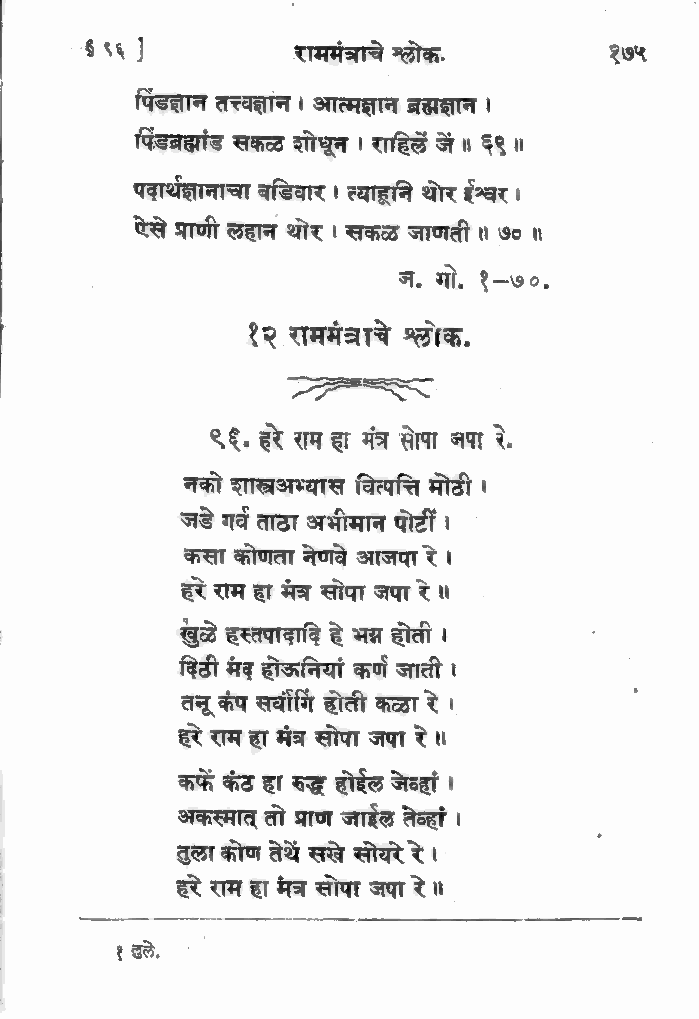
*$ ९६ ]       राममंत्राचे श्लोक.   १७५
 पिंडज्ान तत्त्वज्ञान । आत्मज्ञान ब्रह्मज्ञान ।
 पिंडब्रह्मांड सकळ्ठ शोधून । राहिलें जं ॥ ६९ ॥
 पदार्थज्ञानाचा बडिवार ।त ्याहानि थोर ईश्वर।
 एसे प्राणी लहान थोर । सकळ जाणती ॥ ७० ॥
 ज. गो. १-७०.
 १२ राममंत्राचे श्लोक.
 क      कु
 ९६, हरे राम हा मंत्र सोपा जपा रे.
 नको शास्त्र अभ्यास वित्पत्ति मोठी ।
 जडे गर्व ताठा अभीमान पोटीं ।
 कसा कोणता नेणवे आजपा रे ।
 हरे राम हा मंत्र सोपा जपा रे ॥
 खुळे हस्तपादादि हे भ्न होती ।
 दिठी मंद होऊनियां कर्ण जाती ।
 तनू कंप सर्वामि होती कळा रे ।
 हरे राम हा मंत्र सोपा जपा रे ॥
 कफे कंठ हा रुद्ध होईल जेडहां ।
 अकस्मात्‌ तो प्राण जाइल तेव्हां।
 तुला कोण तेथे सखे सोयरे रे!
 हरे राम हा मंत्र सोपा जपा रे ४
 म,        अभधभनयम
 १ उले,